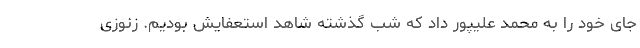
جای خود را به محمد علیپور داد که شب گذشته شاهد استعفایش بودیم. زنوزی